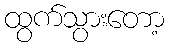
ထွက်သွားတော့